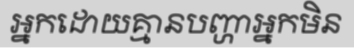
អ្នកដោយគ្មានបញ្ហាអ្នកមិន